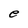
Character: e